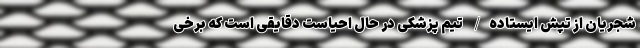
شجریان از تپش ایستاده/ تیم پزشکی در حال احیاست دقایقی است که برخی